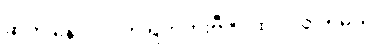
ဆက် နေ လိုပါက ရက်တိုးဗီဇာ ထပ် လုပ်ရမယ်။